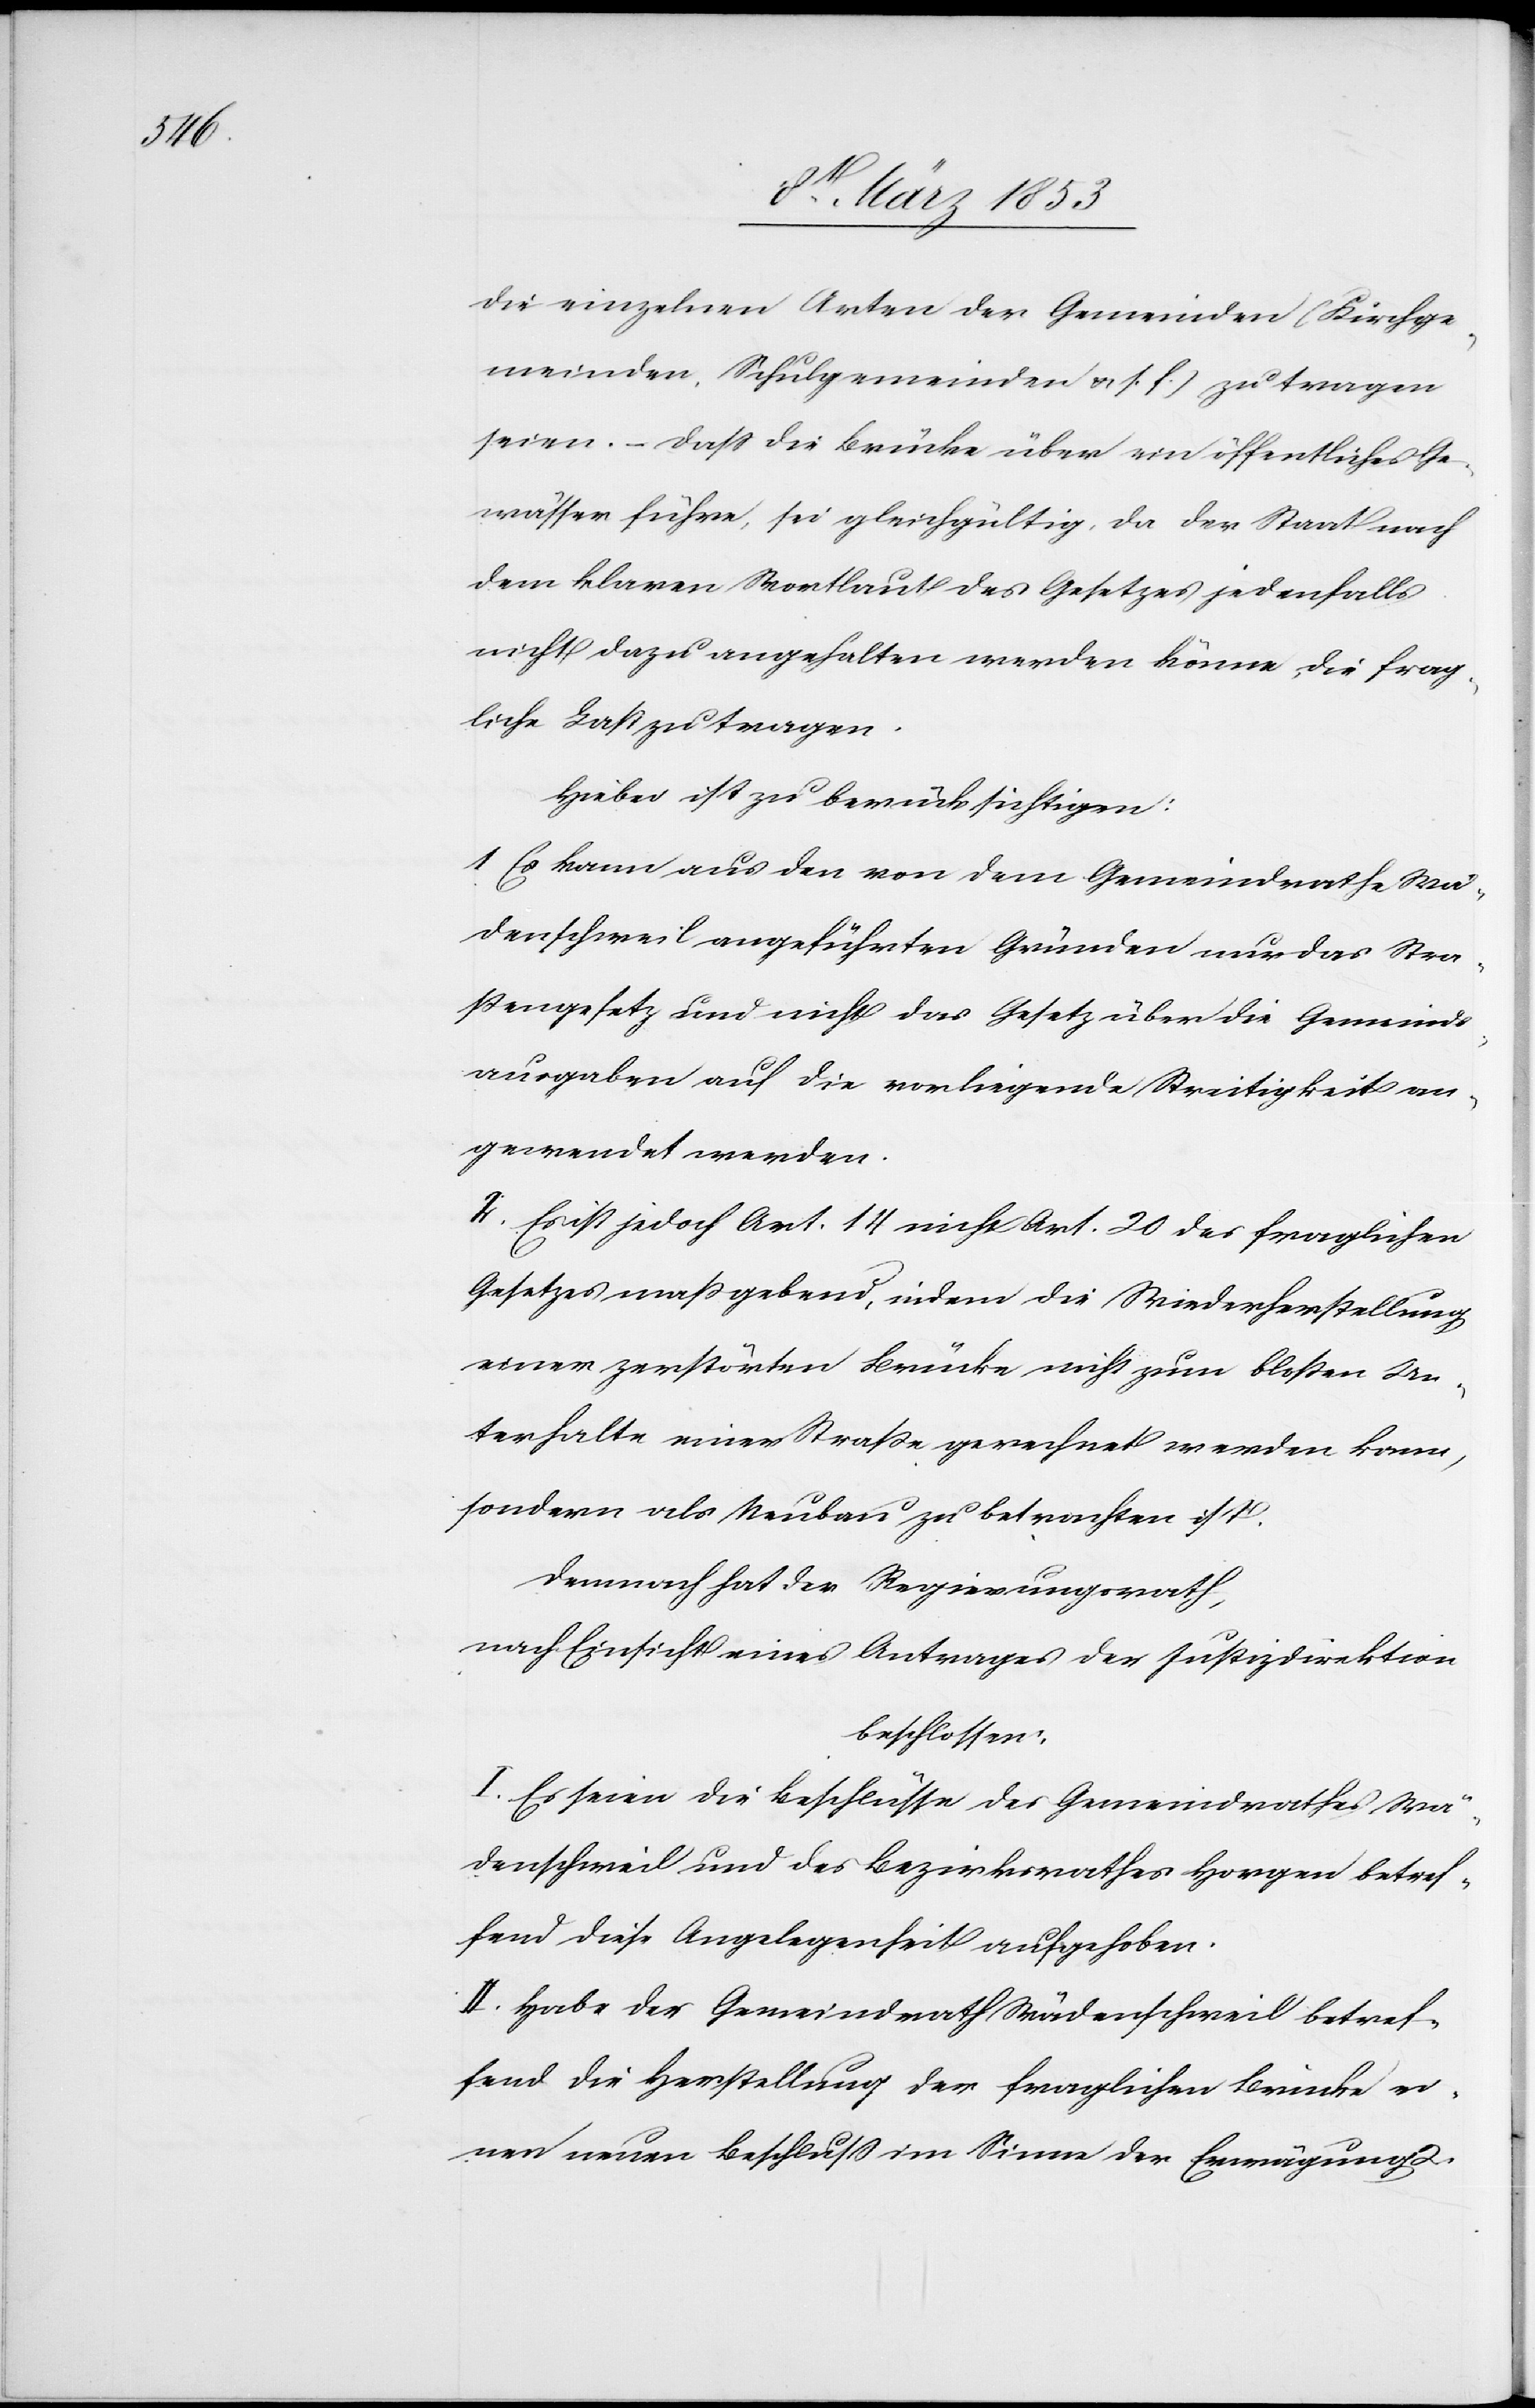
die einzelnen Arten der Gemeinden (Kirchge¬
meinden, Schulgemeinden u. s. f.) zu tragen
seien. – Daß die Brücke über ein öffentliches Ge¬
wässer führe, sei gleichgültig. Da der Staat nach
dem klaren Wortlaut des Gesetzes jedenfalls
nicht dazu angehalten werden könne, die frag¬
liche Last zu tragen.
Hiebei ist zu berücksichtigen:
1 Es kann aus den von dem Gemeindrathe Wä¬
denschweil angeführten Gründen nur das Stra¬
ßengesetz und nicht das Gesetz über die Gemeinds¬
ausgaben auf die vorliegende Streitigkeit an¬
gewendet werden.
2 Es ist jedoch Art. 14 nicht Art. 20 des fraglichen
Gesetzes maßgebend, indem die Wiederherstellung
einer zerstörten Brücke nicht zum bloßen Un¬
terhalte einer Straße gerechnet werden kann,
sondern als Neubau zu betrachten ist.
Demnach hat der Regierungsrath,
nach Einsicht eines Antrages der Justizdirektion
beschlossen:
I. Es seien die Beschlüsse des Gemeindrathes Wä¬
denschweil und des Bezirksrathes Horgen betref¬
fend diese Angelegenheit aufgehoben.
II. Habe der Gemeindrath Wädenschweil betref¬
fend die Herstellung der fraglichen Brücke ei¬
nen neuen Beschluß im Sinne der Erwägung